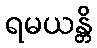
ရမယန္တိ